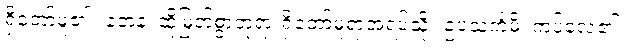
ရှိတော်မူ၏။ တေန၊ ထိုမြတ်စွာဘုရားရှိတော်မူရာအရပ်သို့။ ဥပသင်္ကမိ၊ ကပ်လေ၏။